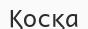
Қосқа